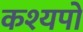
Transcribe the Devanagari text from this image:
कश्यपो